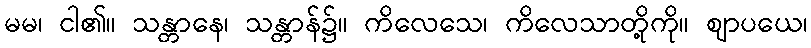
မမ၊ ငါ၏။ သန္တာနေ၊ သန္တာန်၌။ ကိလေသေ၊ ကိလေသာတို့ကို။ ဈာပယေ၊